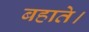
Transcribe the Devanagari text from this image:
बहाते।